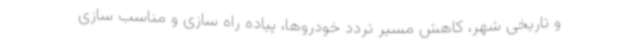
و تاریخی شهر، کاهش مسیر تردد خودروها، پیاده راه سازی و مناسب سازی